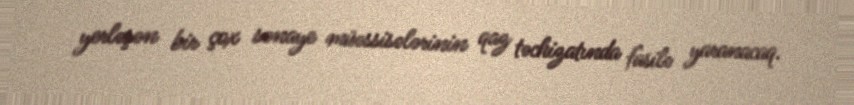
yerləşən bir çox sənaye müəssisələrinin qaz təchizatında fasilə yaranacaq.